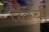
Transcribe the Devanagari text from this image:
तँतँची